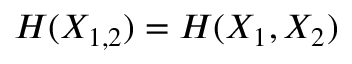
H ( X _ { 1 , 2 } ) = H ( X _ { 1 } , X _ { 2 } )